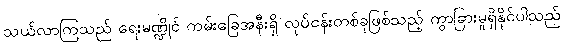
သယ်လာကြသည် ရေးမဏ္ဍိုင် ကမ်းခြေအနီးရှိ လုပ်ငန်းတစ်ခုဖြစ်သည့် ကွာခြားမှုရှိနိုင်ပါသည်